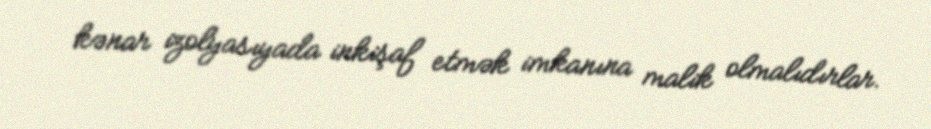
kənar izolyasıyada inkişaf etmək imkanına malik olmalıdırlar.